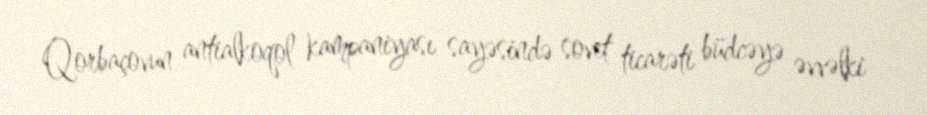
Qorbaçovun antialkoqol kampaniyası sayəsində sovet ticarəti büdcəyə əvvəlki